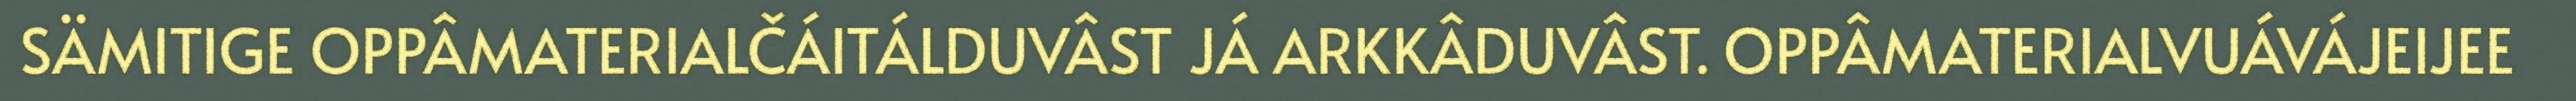
SÄMITIGE OPPÂMATERIALČÁITÁLDUVÂST JÁ ARKKÂDUVÂST. OPPÂMATERIALVUÁVÁJEIJEE